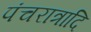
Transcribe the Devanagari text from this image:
पंचरात्रादि